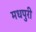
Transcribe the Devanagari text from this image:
मधपुरी